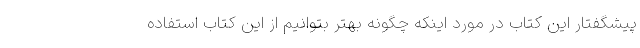
پیشگفتار این کتاب در مورد اینکه چگونه بهتر بتوانیم از این کتاب استفاده